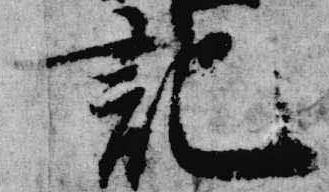
記